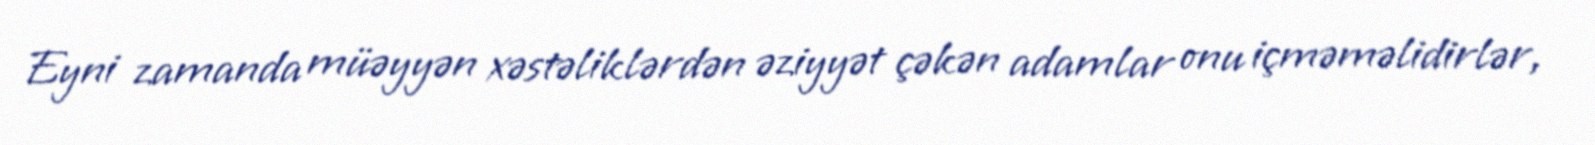
Eyni zamanda müəyyən xəstəliklərdən əziyyət çəkən adamlar onu içməməlidirlər,